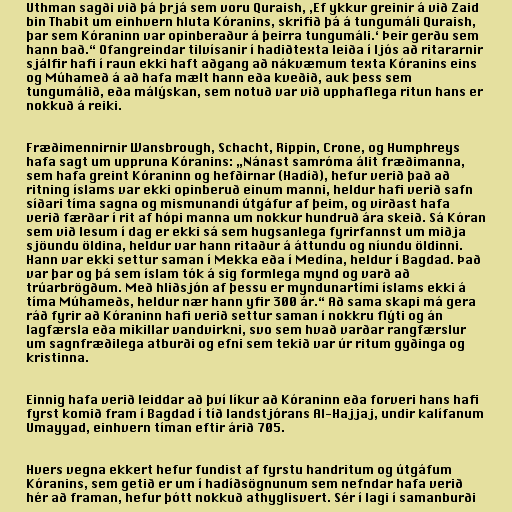
Uthman sagði við þá þrjá sem voru Quraish, ‚Ef ykkur greinir á við Zaid
bin Thabit um einhvern hluta Kóranins, skrifið þá á tungumáli Quraish,
þar sem Kóraninn var opinberaður á þeirra tungumáli.‘ Þeir gerðu sem
hann bað.“ Ofangreindar tilvísanir í hadiðtexta leiða í ljós að ritararnir
sjálfir hafi í raun ekki haft aðgang að nákvæmum texta Kóranins eins
og Múhameð á að hafa mælt hann eða kveðið, auk þess sem
tungumálið, eða málýskan, sem notuð var við upphaflega ritun hans er
nokkuð á reiki.

Fræðimennirnir Wansbrough, Schacht, Rippin, Crone, og Humphreys
hafa sagt um uppruna Kóranins: „Nánast samróma álit fræðimanna,
sem hafa greint Kóraninn og hefðirnar (Hadíð), hefur verið það að
ritning íslams var ekki opinberuð einum manni, heldur hafi verið safn
síðari tíma sagna og mismunandi útgáfur af þeim, og virðast hafa
verið færðar í rit af hópi manna um nokkur hundruð ára skeið. Sá Kóran
sem við lesum í dag er ekki sá sem hugsanlega fyrirfannst um miðja
sjöundu öldina, heldur var hann ritaður á áttundu og níundu öldinni.
Hann var ekki settur saman í Mekka eða í Medína, heldur í Bagdad. Það
var þar og þá sem íslam tók á sig formlega mynd og varð að
trúarbrögðum. Með hliðsjón af þessu er myndunartími íslams ekki á
tíma Múhameðs, heldur nær hann yfir 300 ár.“ Að sama skapi má gera
ráð fyrir að Kóraninn hafi verið settur saman í nokkru flýti og án
lagfærsla eða mikillar vandvirkni, svo sem hvað varðar rangfærslur
um sagnfræðilega atburði og efni sem tekið var úr ritum gyðinga og
kristinna.

Einnig hafa verið leiddar að því líkur að Kóraninn eða forveri hans hafi
fyrst komið fram í Bagdad í tíð landstjórans Al-Hajjaj, undir kalífanum
Umayyad, einhvern tíman eftir árið 705.

Hvers vegna ekkert hefur fundist af fyrstu handritum og útgáfum
Kóranins, sem getið er um í hadíðsögnunum sem nefndar hafa verið
hér að framan, hefur þótt nokkuð athyglisvert. Sér í lagi í samanburði